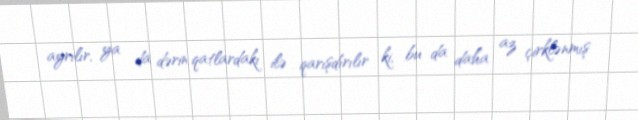
ayrılır, ya da dərin qatlardakı ilə qarışdırılır ki, bu da daha az çirklənmış